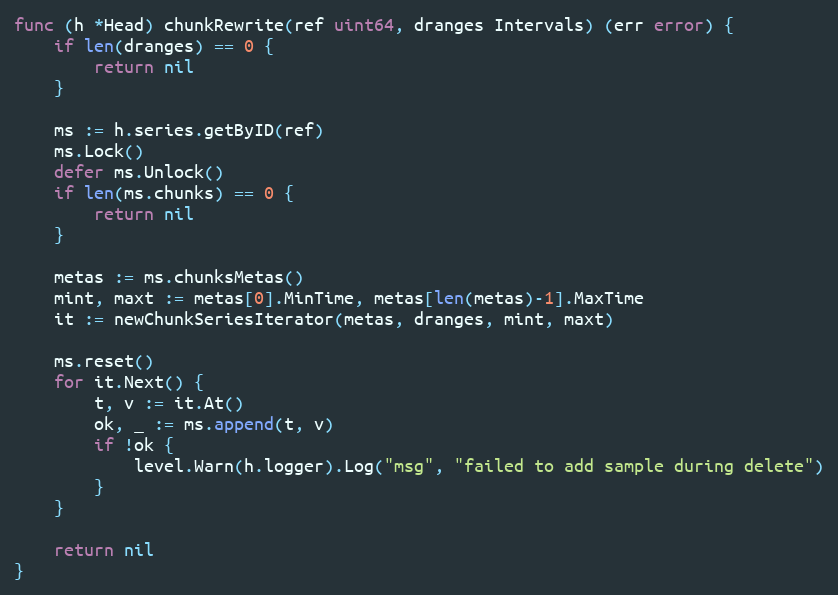
Language: Go
func (h *Head) chunkRewrite(ref uint64, dranges Intervals) (err error) {
	if len(dranges) == 0 {
		return nil
	}

	ms := h.series.getByID(ref)
	ms.Lock()
	defer ms.Unlock()
	if len(ms.chunks) == 0 {
		return nil
	}

	metas := ms.chunksMetas()
	mint, maxt := metas[0].MinTime, metas[len(metas)-1].MaxTime
	it := newChunkSeriesIterator(metas, dranges, mint, maxt)

	ms.reset()
	for it.Next() {
		t, v := it.At()
		ok, _ := ms.append(t, v)
		if !ok {
			level.Warn(h.logger).Log("msg", "failed to add sample during delete")
		}
	}

	return nil
}